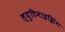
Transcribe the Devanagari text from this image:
ल्युटिनाइझिंग